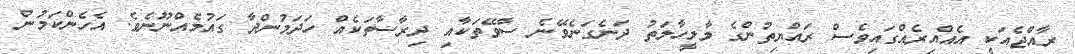
ރާއްޖެއަކީ އެއްއިރެއްގައިވެސް ރައްޔިތުންގެ މާލީހާލަތު ދަނެގަނެވޭނެ ސާވޭތަކާއި ދިރާސާތަކެއް ހަދަމުންދާ ގައުމެއްނޫނެވެ. އެހެންކަމުން